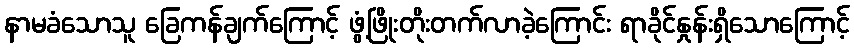
နာမခံသောသူ ခြေကန်ချက်ကြောင့် ဖွံ့ဖြိုးတိုးတက်လာခဲ့ကြောင်း ရာခိုင်နှုန်းရှိသောကြောင့်